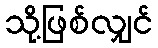
သို့ဖြစ်လျှင်